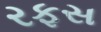
રફસ